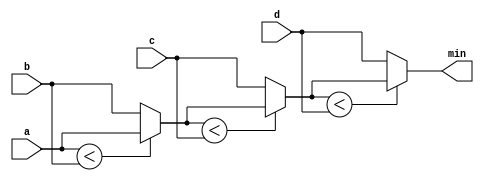
module top_module (
    input [7:0] a, b, c, d,
    output [7:0] min);//
    wire [7:0] temp1;
    wire [7:0] temp2;
    // assign intermediate_result1 = compare? true: false;
    assign temp1 = a < b ? a : b;
    assign temp2 = temp1 < c ? temp1 : c;
    assign min = temp2 < d ? temp2 : d;

endmodule